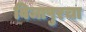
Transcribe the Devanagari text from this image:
विजापुरचा